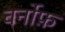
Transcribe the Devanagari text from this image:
वर्नोफ़